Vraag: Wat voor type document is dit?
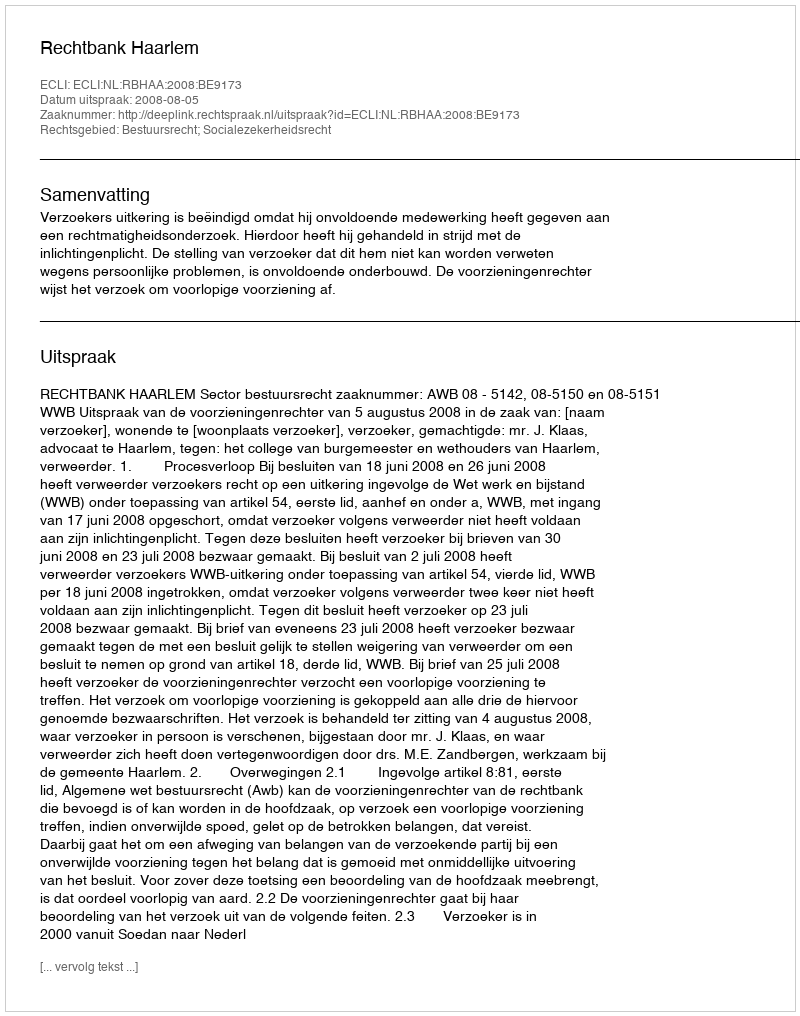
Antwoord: Uitspraak